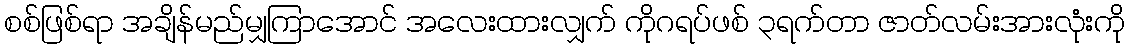
စစ်ဖြစ်ရာ အချိန်မည်မျှကြာအောင် အလေးထားလျှက် ကိုဂရပ်ဖစ် ၃ရက်တာ ဇာတ်လမ်းအားလုံးကို